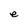
Character: e